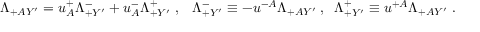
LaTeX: \Lambda _ { + A Y ^ { \prime } } = u _ { A } ^ { + } \Lambda _ { + Y ^ { \prime } } ^ { - } + u _ { A } ^ { - } \Lambda _ { + Y ^ { \prime } } ^ { + } \; , \; \; \; \Lambda _ { + Y ^ { \prime } } ^ { - } \equiv - u ^ { - A } \Lambda _ { + A Y ^ { \prime } } \; , \; \; \Lambda _ { + Y ^ { \prime } } ^ { + } \equiv u ^ { + A } \Lambda _ { + A Y ^ { \prime } } \; .